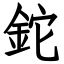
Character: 鉈